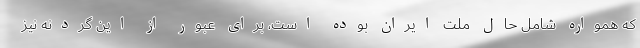
که همواره شامل حال ملت ایران بوده است، برای عبور از این گردنه نیز